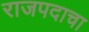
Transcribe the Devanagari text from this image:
राजपदाचा